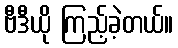
ဗီဒီယို ကြည့်ခဲ့တယ်။